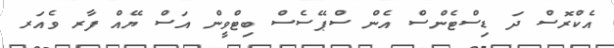
އެކްރޮސް ދަ ޑިސްޓެންސް އެން ސްޕޭސެސް ބިޓްވީން އަސް ޔޭއް ފާރ ވެއަރ